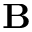
\mathbf { B }